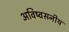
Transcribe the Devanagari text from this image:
अविष्वसनीय